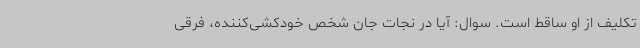
تکلیف از او ساقط است. سوال: آیا در نجات جان شخص خودکشی‌کننده، فرقی